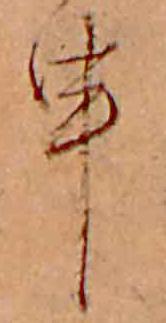
申